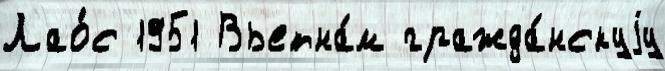
Лао́с 1951 Вьетна́м гражда́нскуjу